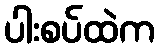
ပါးစပ်ထဲက